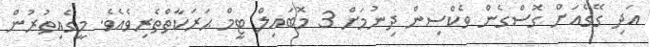
އަދި ގޭގެއަށް ގޮސްގެން ވެކްސިން ދިނުމަށް 3 މޮބައިލް ޓީމް ޙަރަކާތްތެރިވެއެވެ. މީގެއިތުރުން